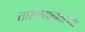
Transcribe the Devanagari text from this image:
तारुण्यानंतरच्या